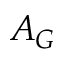
A _ { G }